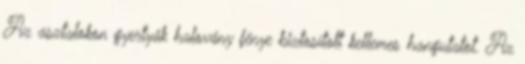
Az asztalokon gyertyák halovány fénye biztosított kellemes hangutatot. Az